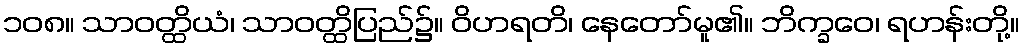
၁၀၈။ သာဝတ္ထိယံ၊ သာဝတ္ထိပြည်၌။ ဝိဟရတိ၊ နေတော်မူ၏။ ဘိက္ခဝေ၊ ရဟန်းတို့။